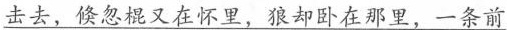
击去，倏忽棍又在怀里，狼却卧在那里，一条前